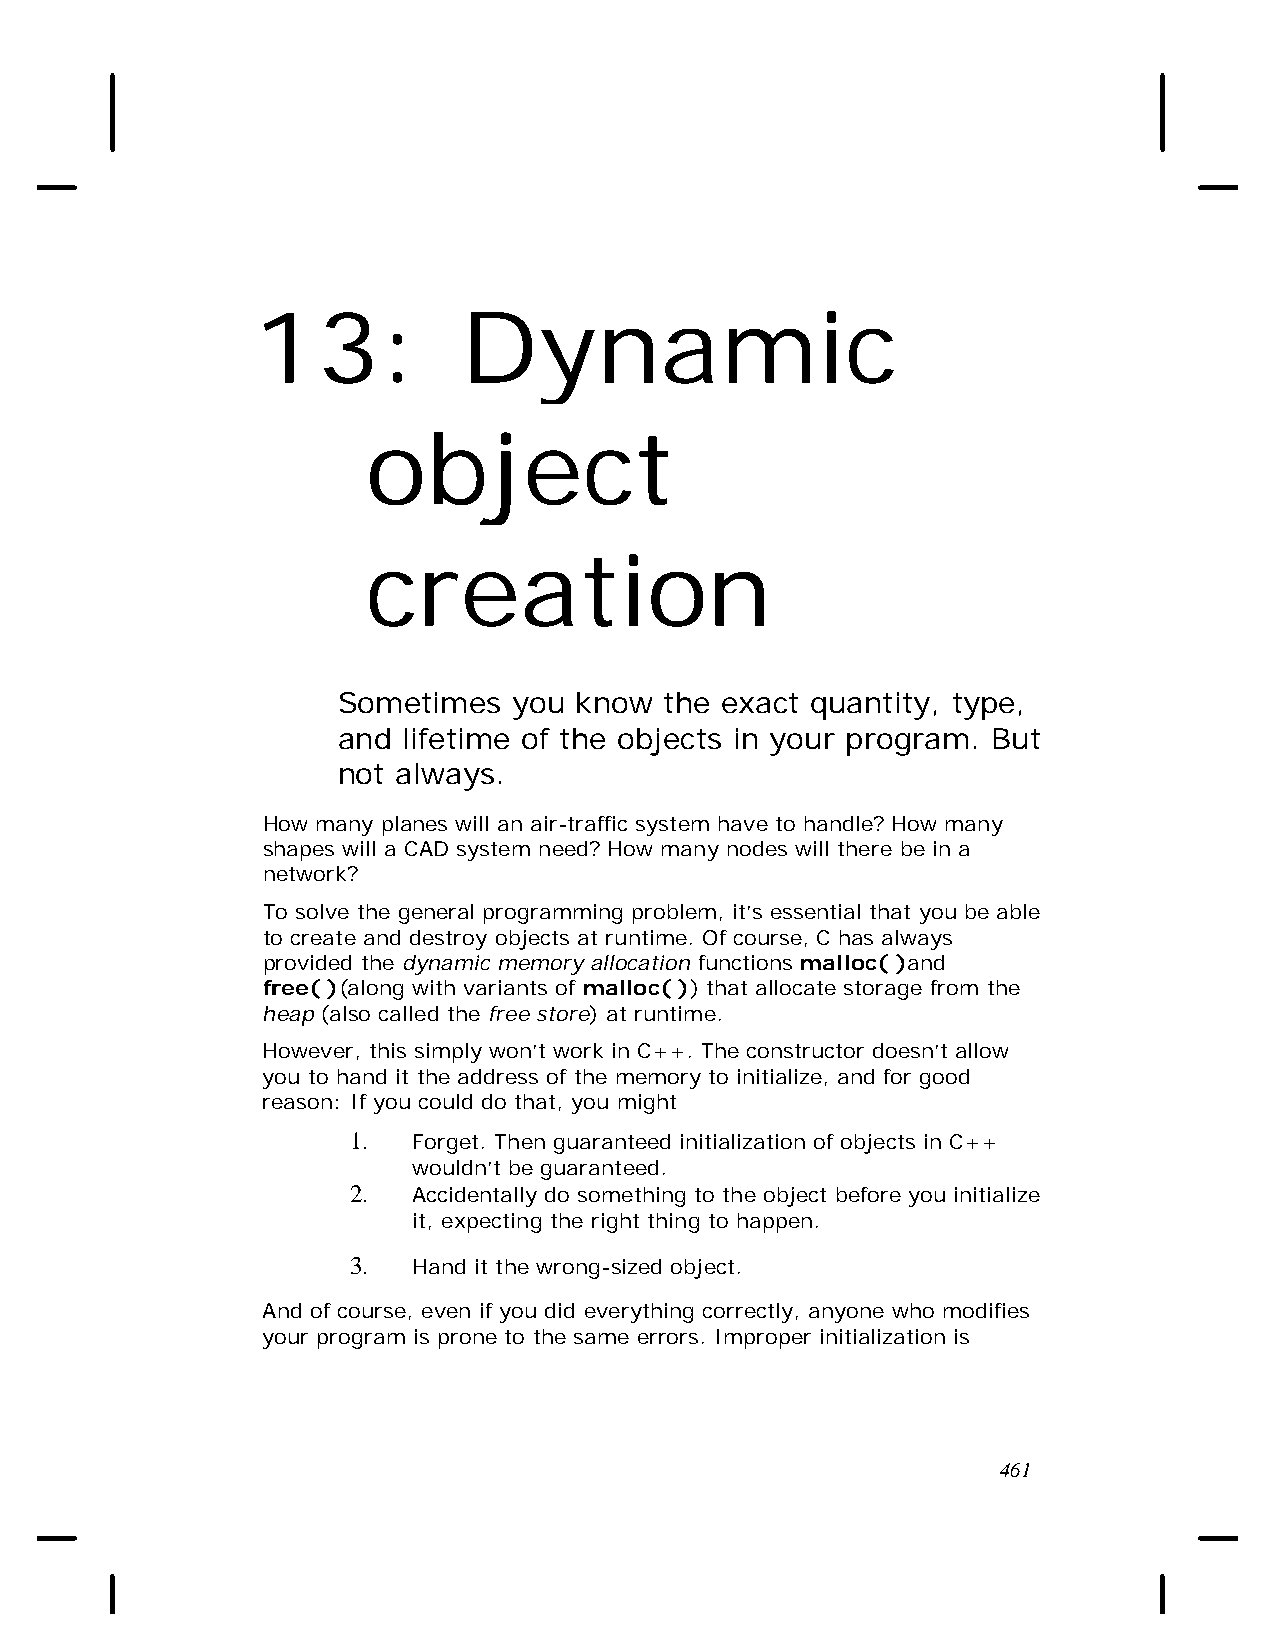
13:           Dynamic
 object
 creation
 Sometimes   you know  the exact quantity, type,
 and  lifetime of the objects in your program. But
 not always.
 How many planes will an air-traffic system have to handle? How many
 shapes will a CAD system need? How many nodes will there be in a
 network?
 To solve the general programming problem, it’s essential that you be able
 to create and destroy objects at runtime. Of course, C has always
 provided the dynamic memory allocation functions malloc( )and
 free( )(along with variants of malloc( )) that allocate storage from the
 heap (also called the free store) at runtime.
 However, this simply won’t work in C++. The constructor doesn’t allow
 you to hand it the address of the memory to initialize, and for good
 reason: If you could do that, you might
 1.  Forget. Then guaranteed initialization of objects in C++
 wouldn’t be guaranteed.
 2.  Accidentally do something to the object before you initialize
 it, expecting the right thing to happen.
 3.  Hand it the wrong-sized object.
 And of course, even if you did everything correctly, anyone who modifies
 your program is prone to the same errors. Improper initialization is
 461